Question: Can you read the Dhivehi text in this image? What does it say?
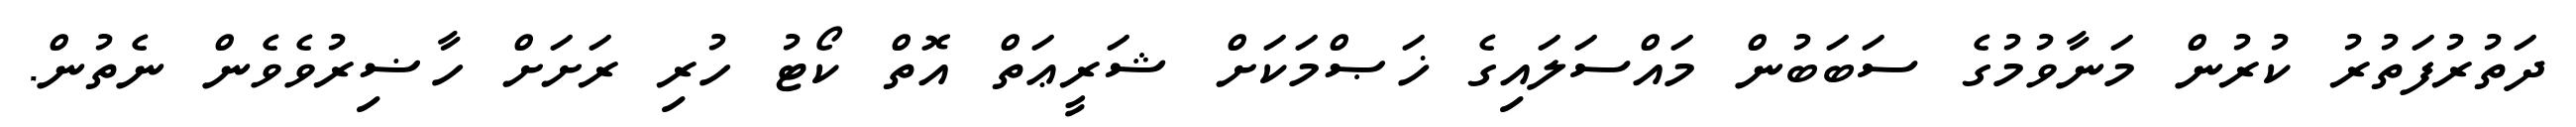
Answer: ދަތުރުފަތުރު ކުރުން މަނާވުމުގެ ސަބަބުން މައްސަލައިގެ ޚަޞްމަކަށް ޝަރީޢަތް އޮތް ކޯޓު ހުރި ރަށަށް ހާޟިރުވެވެން ނެތުން.